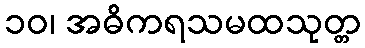
၁၀၊ အဓိကရသမထသုတ္တ